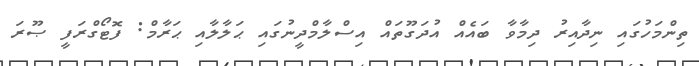
ތިންމަހުގައި ނިދާއިރު ދިމާވާ ބައެއް އުދަގޫތައް އިސްލާމްދީނުގައި ޙަލާލާއި ޙަރާމް: ފޮޓޯގްރަފީ ޞޫރަ